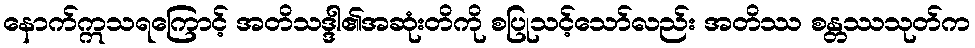
နောက်ဣသရကြောင့် အတိသဒ္ဒါ၏အဆုံးတိကို စပြုသင့်သော်လည်း အတိဿ စန္တဿသုတ်က